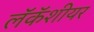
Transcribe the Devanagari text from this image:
लॅकॅशीयर